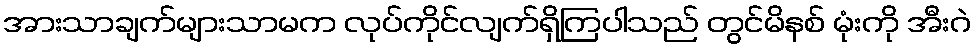
အားသာချက်များသာမက လုပ်ကိုင်လျက်ရှိကြပါသည် တွင်မိနစ် မုံးကို အီးဂဲ